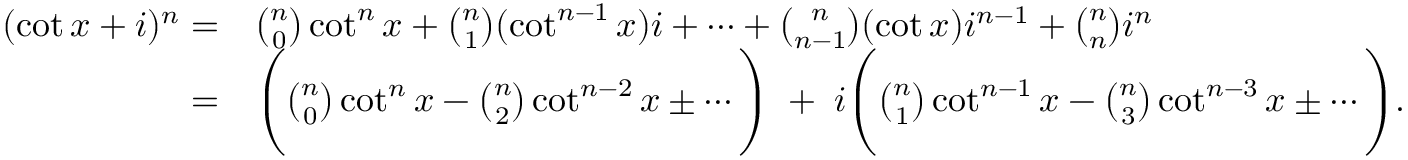
{ \begin{array} { r l } { ( \cot x + i ) ^ { n } = } & { { \binom { n } { 0 } } \cot ^ { n } x + { \binom { n } { 1 } } ( \cot ^ { n - 1 } x ) i + \cdots + { \binom { n } { n - 1 } } ( \cot x ) i ^ { n - 1 } + { \binom { n } { n } } i ^ { n } } \\ { = } & { { \Bigg ( } { \binom { n } { 0 } } \cot ^ { n } x - { \binom { n } { 2 } } \cot ^ { n - 2 } x \pm \cdots { \Bigg ) } \; + \; i { \Bigg ( } { \binom { n } { 1 } } \cot ^ { n - 1 } x - { \binom { n } { 3 } } \cot ^ { n - 3 } x \pm \cdots { \Bigg ) } . } \end{array} }